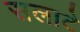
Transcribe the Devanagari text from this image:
सलाटे